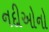
નદીઓનો